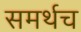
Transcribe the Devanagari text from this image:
समर्थच